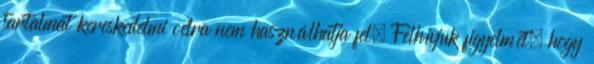
tartalmat kereskedelmi célra nem használhatja fel. Felhívjuk figyelmét, hogy